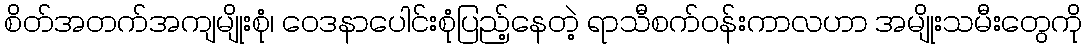
စိတ်အတက်အကျမျိုးစုံ၊ ဝေဒနာပေါင်းစုံပြည့်နေတဲ့ ရာသီစက်ဝန်းကာလဟာ အမျိုးသမီးတွေကို